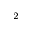
^ 2